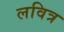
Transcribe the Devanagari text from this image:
लवित्र